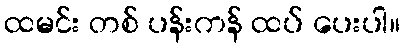
ထမင်း တစ် ပန်းကန် ထပ် ပေးပါ။